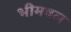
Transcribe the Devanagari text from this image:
भीमवल